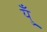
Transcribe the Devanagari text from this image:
युँ